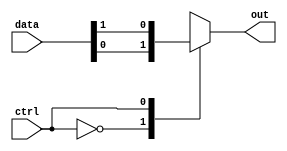
module multiplexer
(
 input wire [1:0] data,
 input wire ctrl,
 output reg out
);

always @(*)
begin
    case(ctrl)
        2'b00: out = data[0];
        2'b01: out = data[1];
        default: out = 1'b0;
    endcase
end

endmodule